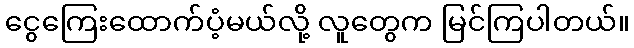
ငွေကြေးထောက်ပံ့မယ်လို့ လူတွေက မြင်ကြပါတယ်။